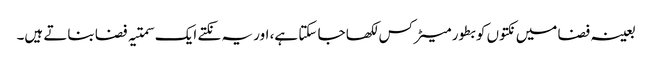
بعینہ فضا میں نکتوں کو بطور میٹرکس لکھا جا سکتا ہے، اور یہ نکتے ایک سمتیہ فضا بناتے ہیں۔